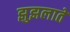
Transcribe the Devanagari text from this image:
झुझलाते